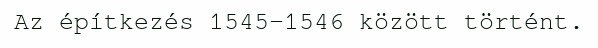
Az építkezés 1545–1546 között történt.